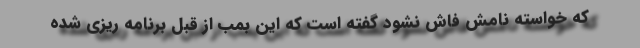
که خواسته نامش فاش نشود گفته است که این بمب از قبل برنامه ریزی شده